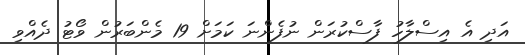
އަދި އެ އިސްލާހު ފާސްކުރަން ނުފެންނަ ކަމަށް 19 މެންބަރުން ވޯޓު ދެއްވި